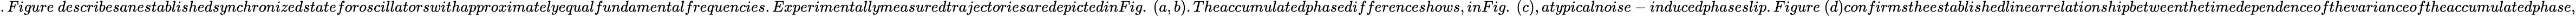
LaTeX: .Figure~describesanestablishedsynchronizedstateforoscillatorswithapproximatelyequalfundamentalfrequencies.ExperimentallymeasuredtrajectoriesaredepictedinFig.~(a,b).Theaccumulatedphasedifferenceshows,inFig.~(c),atypicalnoise-inducedphaseslip.Figure~(d)confirmstheestablishedlinearrelationshipbetweenthetimedependenceofthevarianceoftheaccumulatedphase,